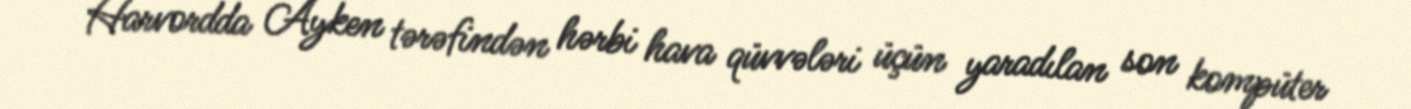
Harvordda Ayken tərəfindən hərbi hava qüvvələri üçün yaradılan son kompüter